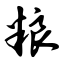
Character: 粮